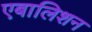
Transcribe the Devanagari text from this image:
एबालिशन